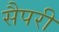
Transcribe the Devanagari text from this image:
सैपरी